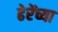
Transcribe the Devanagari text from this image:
ढेरेंच्या